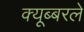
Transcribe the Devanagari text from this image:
क्यूब्बरले